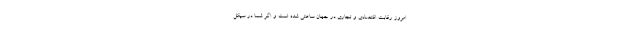
امروز رقابت اقتصادی و تجاری در جهان ساعتی شده است و اگر شما در سیکل